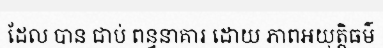
ដែល បាន ជាប់ ពន្ធនាគារ ដោយ ភាពអយុត្តិធម៌